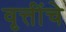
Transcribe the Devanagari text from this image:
वृत्तींचे